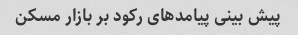
پیش بینی پیامدهای رکود بر بازار مسکن